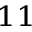
^ { 1 1 }